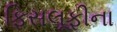
ફિસલૂફીના